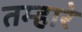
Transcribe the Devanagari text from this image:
तम्हारे